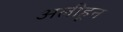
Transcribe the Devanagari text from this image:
अलीहून